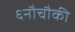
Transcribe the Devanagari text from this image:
६नौचौकी